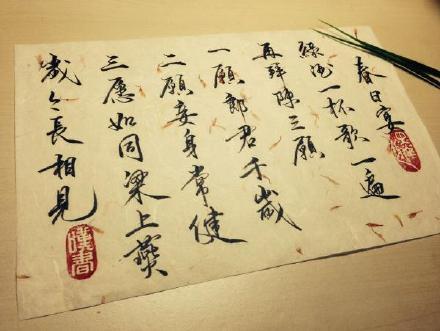
春日宴，绿酒一杯歌一遍。